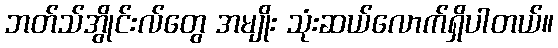
ဘတ်သ်အွိုင်းလ်တွေ အမျိုး သုံးဆယ်လောက်ရှိပါတယ်။